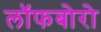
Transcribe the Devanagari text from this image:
लॉफबोरो